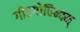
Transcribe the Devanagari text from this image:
गीतगोविन्दम्